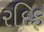
રદિફ